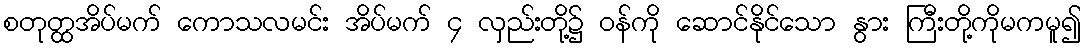
စတုတ္ထအိပ်မက် ကောသလမင်း အိပ်မက် ၄ လှည်းတို့၌ ဝန်ကို ဆောင်နိုင်သော နွား ကြီးတို့ကိုမကမူ၍